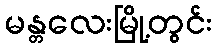
မန္တလေးမြို့တွင်း